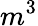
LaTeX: m^{3}